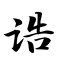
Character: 诰